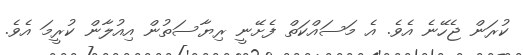
ކުރަން ޖެހޭނެ އެވެ. އެ މަސައްކަތް ފެށޭނީ ރިޔާސަތުން އިއުލާން ކުރީމަ އެވެ.